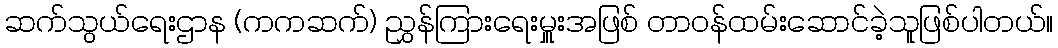
ဆက်သွယ်ရေးဌာန (ကကဆက်) ညွှန်ကြားရေးမှူးအဖြစ် တာဝန်ထမ်းဆောင်ခဲ့သူဖြစ်ပါတယ်။